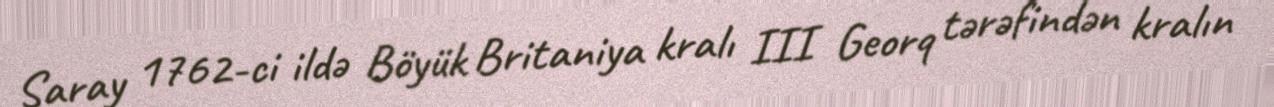
Saray 1762-ci ildə Böyük Britaniya kralı III Georq tərəfindən kralın